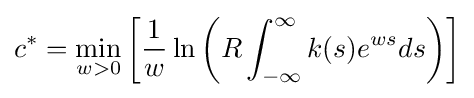
c^{*}=\min _{w>0}\left[{\frac {1}{w}}\ln \left(R\int _{-\infty }^{\infty }k(s)e^{ws}ds\right)\right]